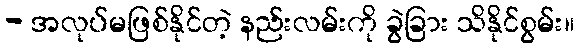
- အလုပ်မဖြစ်နိုင်တဲ့ နည်းလမ်းကို ခွဲခြား သိနိုင်စွမ်း။